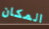
المكان